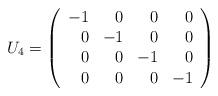
LaTeX: \begin{align*}U_{4} = \left( \begin{array}{rrrr}-1 & 0 & 0 & 0 \\ 0 & -1 & 0 & 0 \\ 0 & 0 & -1 & 0 \\ 0 & 0 & 0 & -1\end{array} \right) \end{align*}